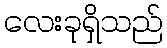
လေးခုရှိသည်